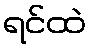
ရင်ထဲ